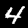
Label: 4